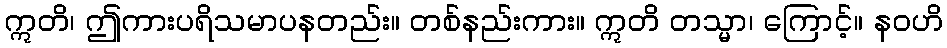
ဣတိ၊ ဤကားပရိသမာပနတည်း။ တစ်နည်းကား။ ဣတိ တသ္မာ၊ ကြောင့်။ နဝဟိ